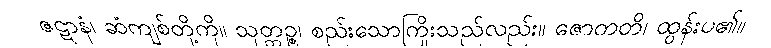
ဇဋာနံ၊ ဆံကျစ်တို့ကို။ သုတ္တဉ္စ၊ စည်းသောကြိုးသည်လည်း။ ဇောတတိ၊ ထွန်းပ၏။